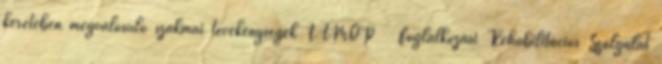
keretében megvalósuló szakmai tevékenységek TÁMOP Foglalkozási Rehabilitációs Szolgálat